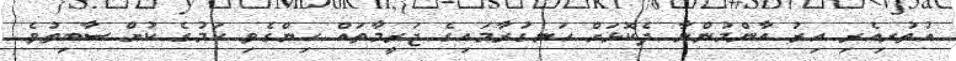
އުތުރިއެރި އިރު އާންމުންނާ ދެކޮޅަށް ހަނގުރާމައިގެ ޖަރީމާތައް ހިންގެވި ކަމުގެ ކުށް ސާބިތުވެ